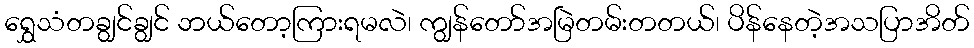
ရွှေသံတချွင်ချွင် ဘယ်တော့ကြားရမလဲ၊ ကျွန်တော်အမြဲတမ်းတတယ်၊ ပိန်နေတဲ့အသပြာအိတ်